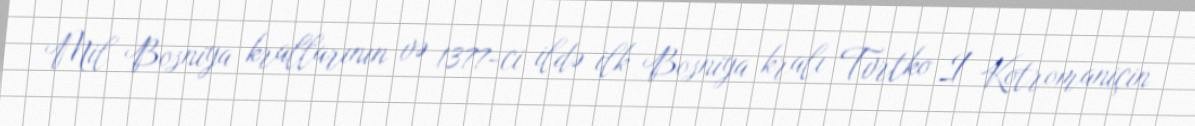
Mil Bosniya krallarının və 1377-ci ildə ilk Bosniya kralı Tvrtko I Kotromaniçin